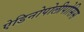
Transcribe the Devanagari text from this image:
ऐडिनोपोलीपोसिस